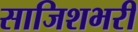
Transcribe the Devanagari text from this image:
साजिशभरी